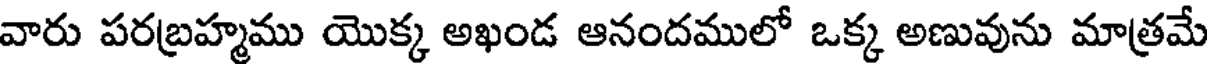
వారు పరబ్రహ్మము యొక్క అఖండ ఆనందములో ఒక్క అణువును మాత్రమే